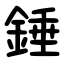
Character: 錘